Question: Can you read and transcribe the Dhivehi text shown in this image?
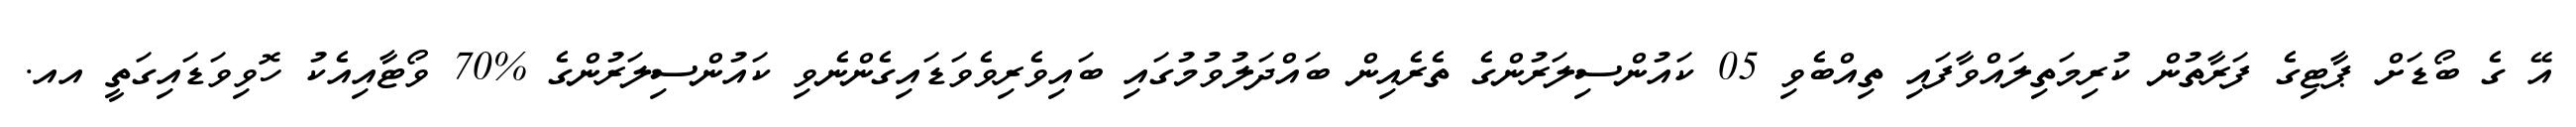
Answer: އޭ ގެ ބޯޑަށް ޕާޓިގެ ފަރާތުން ކުރިމަތިލައްވާފައި ތިއްބެވި 05 ކައުންސިލަރުންގެ ތެރެއިން ބައްދަލުވުމުގައި ބައިވެރިވެވަޑައިގެންނެވި ކައުންސިލަރުންގެ %70 ވޯޓާއިއެކު ހޮވިވަޑައިގަތީ އއ.